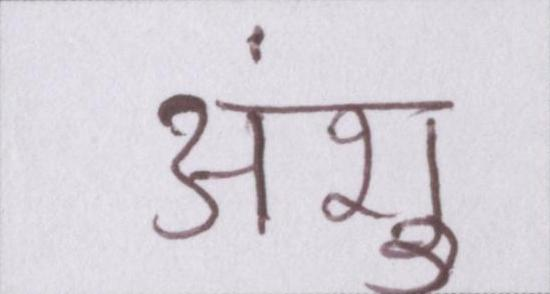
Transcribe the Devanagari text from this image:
अंशु